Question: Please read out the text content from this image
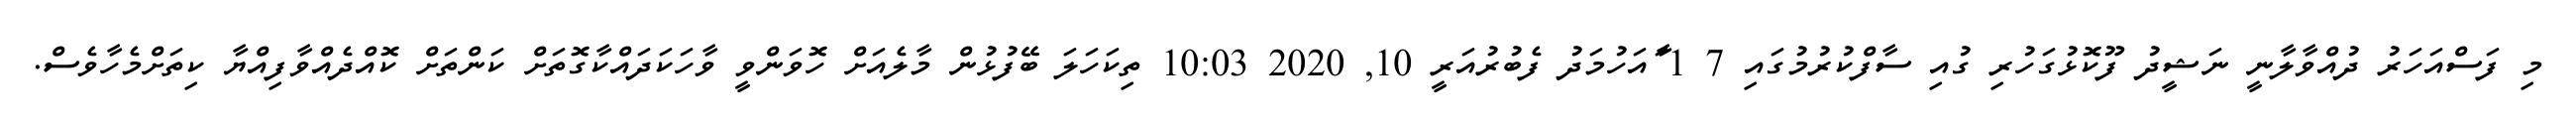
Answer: މި ފަސްއަހަރު ދުއްވާލާނީ ނަޝީދު ފޫކޮޅުގަހުރި ގުއި ސާފްކުރުމުގައި 7 1 ާައަހުމަދު ފެބުރުއަރީ 10, 2020 10:03 ތިކަހަލަ ބޭފުޅުން މާލެއަށް ހޮވަންވީ ވާހަކަދައްކާގޮތަށް ކަންތަށް ކޮއްދެއްވާފިއްޔާ ކިތަށްމެހާވެސް.